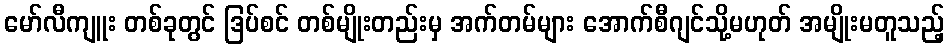
မော်လီကျူး တစ်ခုတွင် ဒြပ်စင် တစ်မျိုးတည်းမှ အက်တမ်များ အောက်စီဂျင်သို့မဟုတ် အမျိုးမတူသည့်